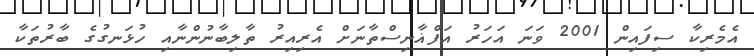
އެމެރިކާ ސިފައިން 2001 ވަނަ އަހަރު އަފްޣާނިސްތާނަށް އެރިއިރު ތާލިބާނުންނާއި ހުޅަނގުގެ ބާރުތަކާ